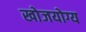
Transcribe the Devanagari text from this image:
खोजयोग्य